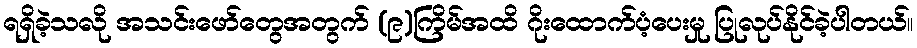
ရရှိခဲ့သလို အသင်းဖော်တွေအတွက် (၉)ကြိမ်အထိ ဂိုးထောက်ပံ့ပေးမှု ပြုလုပ်နိုင်ခဲ့ပါတယ်။